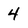
Character: 4